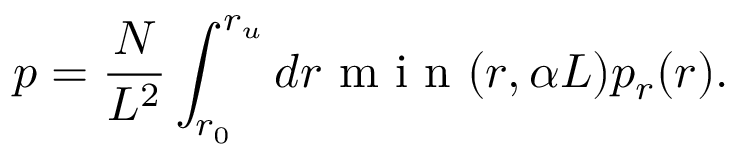
p = \frac { N } { L ^ { 2 } } \int _ { r _ { 0 } } ^ { r _ { u } } d r \textrm { m i n } ( r , \alpha L ) p _ { r } ( r ) .